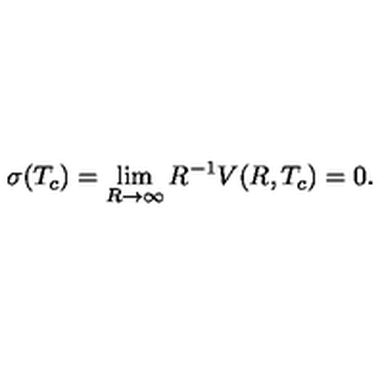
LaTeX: \sigma ( T _ { c } ) = \lim _ { R \to \infty } R ^ { - 1 } V ( R , T _ { c } ) = 0 { . }